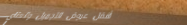
أفضل عروض التجميل والعناي